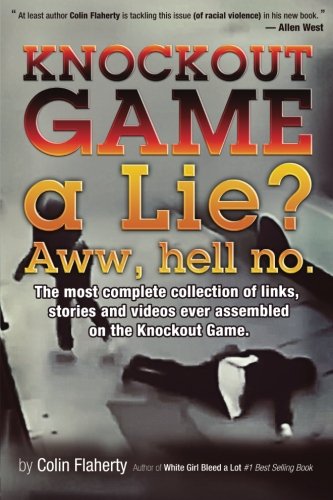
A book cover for Knockout Game a Lie? Aww, Hell No!: The most complete collections of links and videos on the Knockout Game.; Mr. Colin Flaherty; Biographies & Memoirs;